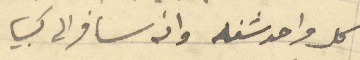
كل واحد شغله وإذ سافر الى كبيا